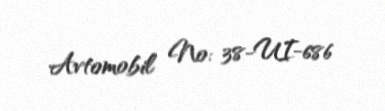
Avtomobil №: 38-UI-686